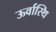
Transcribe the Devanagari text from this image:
ऊर्वास्थि